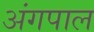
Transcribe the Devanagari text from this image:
अंगपाल